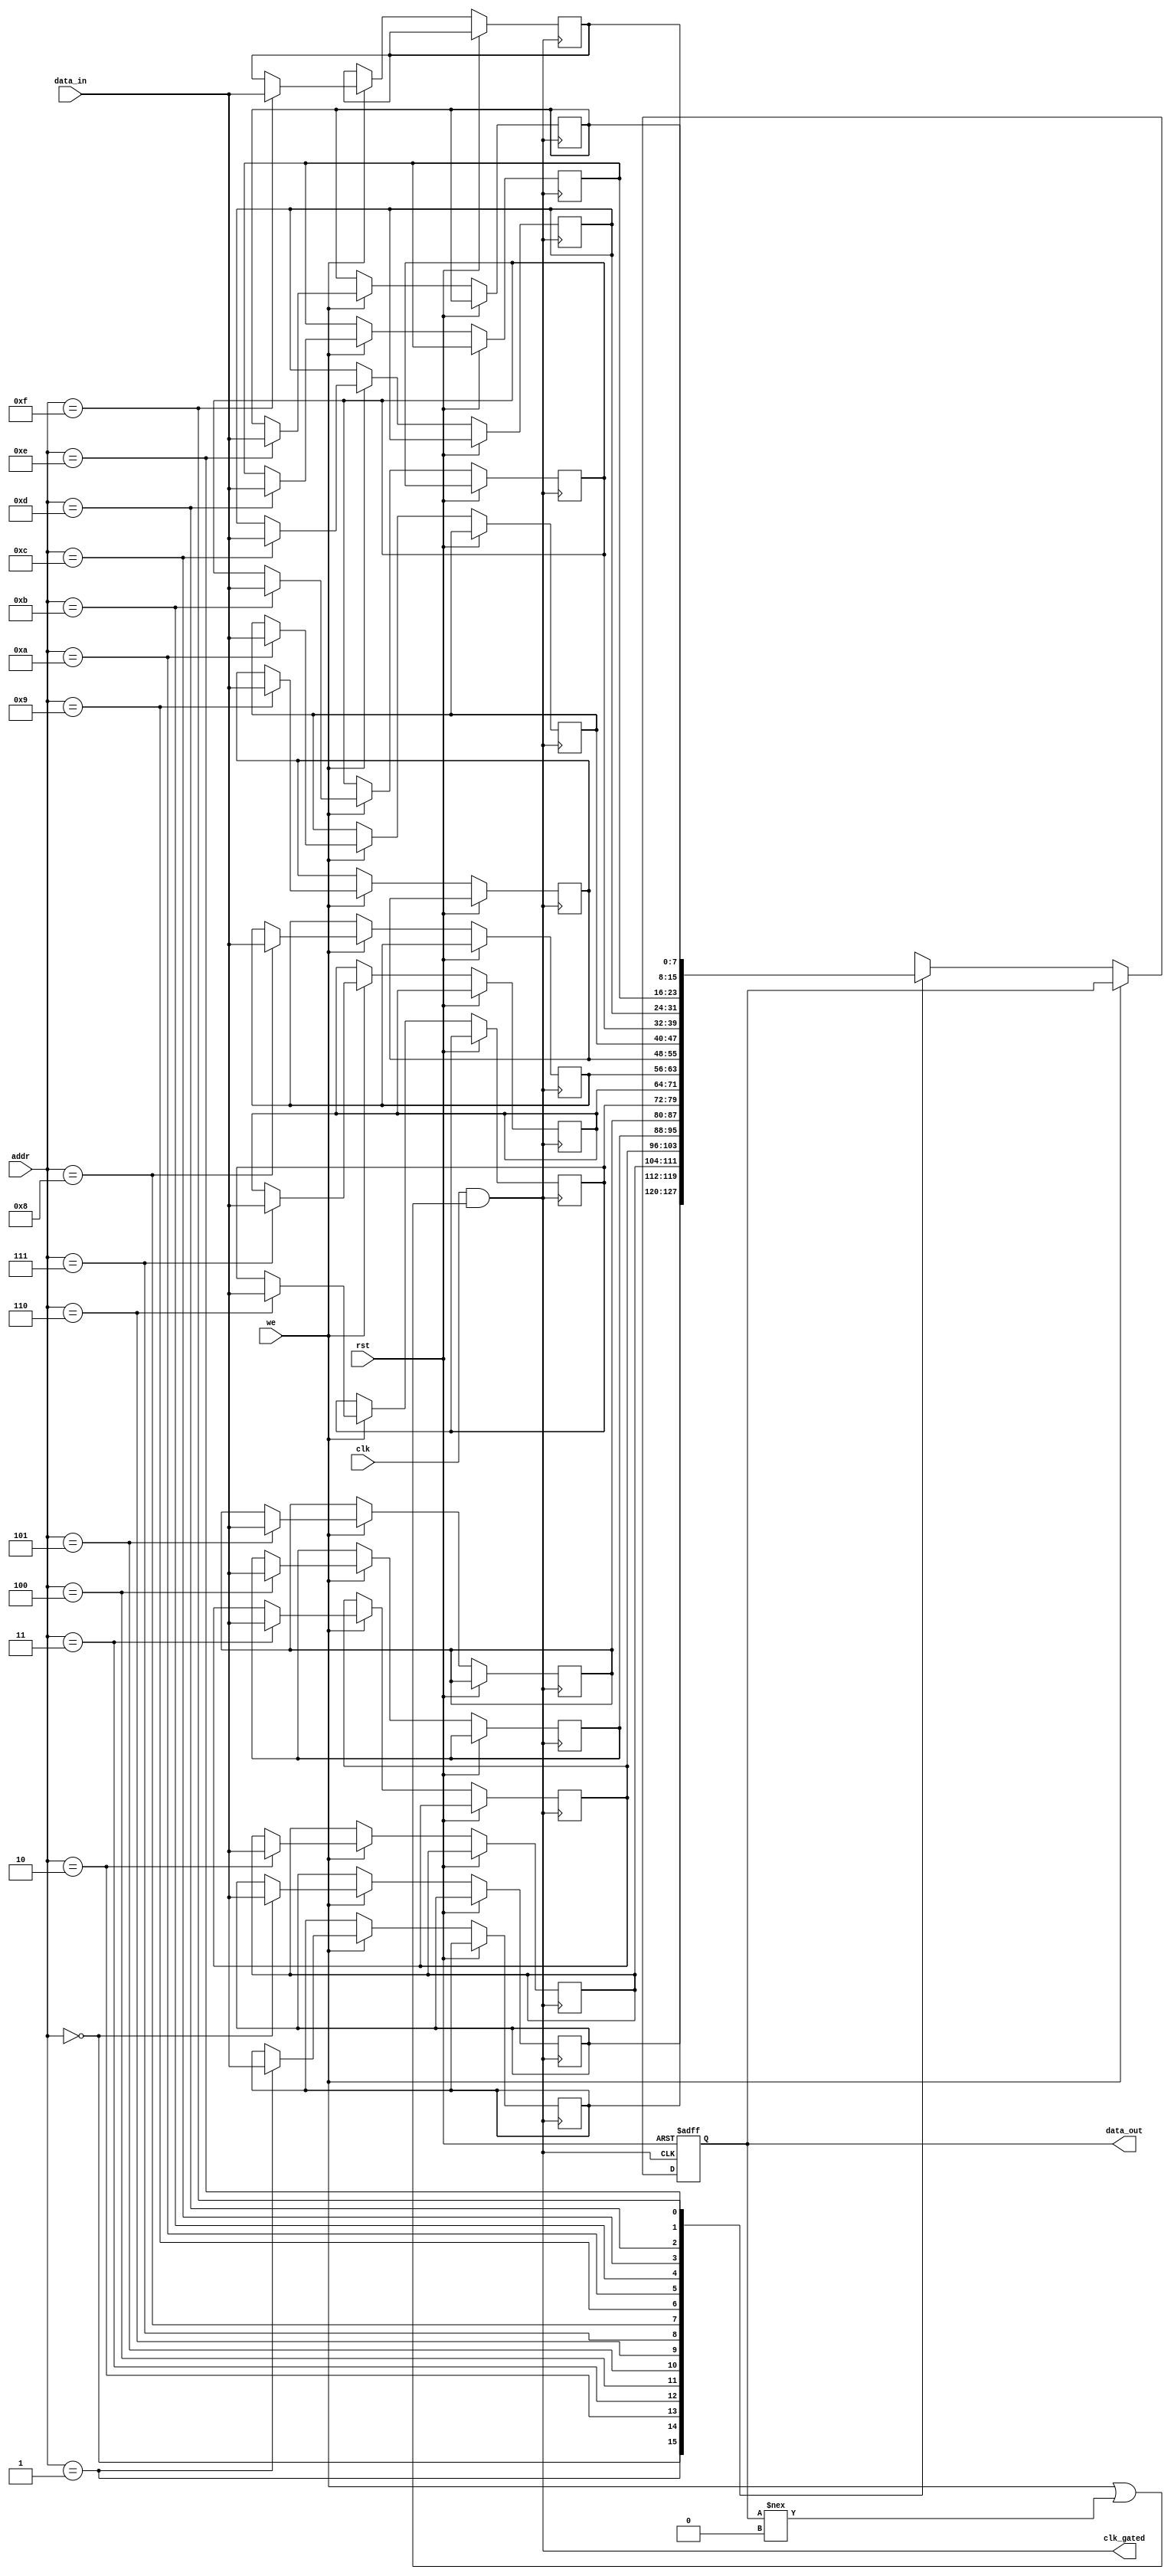
module MemoryBlock #(
    parameter ADDR_WIDTH = 4,  // Address width
    parameter DATA_WIDTH = 8,   // Data width
    parameter MEM_SIZE = 1 << ADDR_WIDTH // Memory size
)(
    input wire clk,               // Main clock input
    input wire rst,               // Reset signal
    input wire [ADDR_WIDTH-1:0] addr, // Address input
    input wire [DATA_WIDTH-1:0] data_in, // Data input for write
    input wire we,                // Write enable signal
    output reg [DATA_WIDTH-1:0] data_out, // Data output for read
    output wire clk_gated         // Gated clock output
);

    // Memory array
    reg [DATA_WIDTH-1:0] mem [0:MEM_SIZE-1];

    // Clock gating logic
    reg clk_enable;
    assign clk_gated = clk & clk_enable; // Gated clock output

    // Address decoder and control logic
    always @(*) begin
        clk_enable = we || (data_out !== 0); // Enable clock if writing or reading
    end

    // Read/Write control logic
    always @(posedge clk_gated or posedge rst) begin
        if (rst) begin
            data_out <= 0; // Reset output data
        end else if (we) begin
            mem[addr] <= data_in; // Write operation
        end else begin
            data_out <= mem[addr]; // Read operation
        end
    end

endmodule